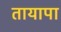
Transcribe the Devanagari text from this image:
तायापा